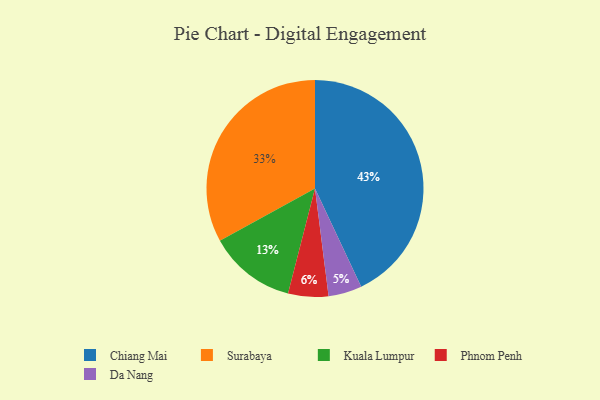
{"axis": {"x": "Category", "y": "Percentage"}, "legend": ["Chiang Mai", "Da Nang", "Kuala Lumpur", "Phnom Penh", "Surabaya"], "data": [{"x": "Kuala Lumpur", "y": 13, "type": "Kuala Lumpur"}, {"x": "Phnom Penh", "y": 6, "type": "Phnom Penh"}, {"x": "Da Nang", "y": 5, "type": "Da Nang"}, {"x": "Surabaya", "y": 33, "type": "Surabaya"}, {"x": "Chiang Mai", "y": 43, "type": "Chiang Mai"}]}